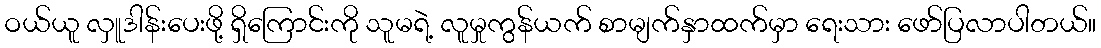
ဝယ်ယူ လှူဒါန်းပေးဖို့ ရှိကြောင်းကို သူမရဲ့ လူမှုကွန်ယက် စာမျက်နှာထက်မှာ ရေးသား ဖော်ပြလာပါတယ်။